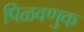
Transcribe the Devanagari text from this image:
पिळवणुक